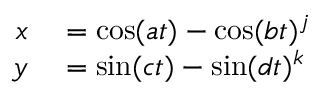
\begin{array} { r l } { x } & { { } = \cos ( a t ) - \cos ( b t ) ^ { j } } \\ { y } & { { } = \sin ( c t ) - \sin ( d t ) ^ { k } } \end{array}